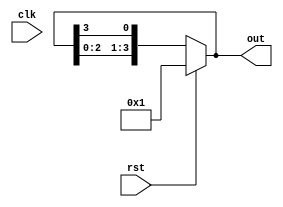
module RingCounter(out,rst,clk);
input clk,rst;
output [3:0]out;
reg [3:0]q;
always@(*)
if(rst)
begin 
 	q <= 4'b0001;
end
else
begin
	q <= {q[2:0],q[3]};
end
assign out[0]=q[0];
assign out[1]=q[1];
assign out[2]=q[2];
assign out[3]=q[3];  
endmodule